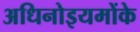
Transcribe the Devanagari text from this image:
अधिनोइयमोंके